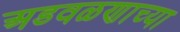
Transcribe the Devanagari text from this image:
अडवळणाच्या